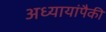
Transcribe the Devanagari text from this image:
अध्यायांपैकी